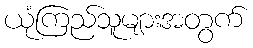
ယုံကြည်သူများအတွက်